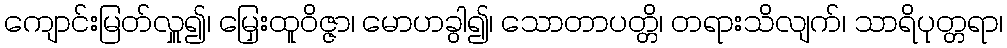
ကျောင်းမြတ်လှူ၍၊ မြှေးထူဝိဇ္ဇာ၊ မောဟခွါ၍၊ သောတာပတ္တိ၊ တရားသိလျက်၊ သာရိပုတ္တရာ၊